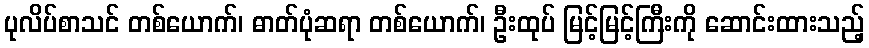
ပုလိပ်စာသင် တစ်ယောက်၊ ဓာတ်ပုံဆရာ တစ်ယောက်၊ ဦးထုပ် မြင့်မြင့်ကြီးကို ဆောင်းထားသည့်